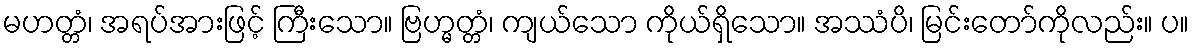
မဟတ္တံ၊ အရပ်အားဖြင့် ကြီးသော။ ဗြဟ္မတ္တံ၊ ကျယ်သော ကိုယ်ရှိသော။ အဿံပိ၊ မြင်းတော်ကိုလည်း။ ပ။